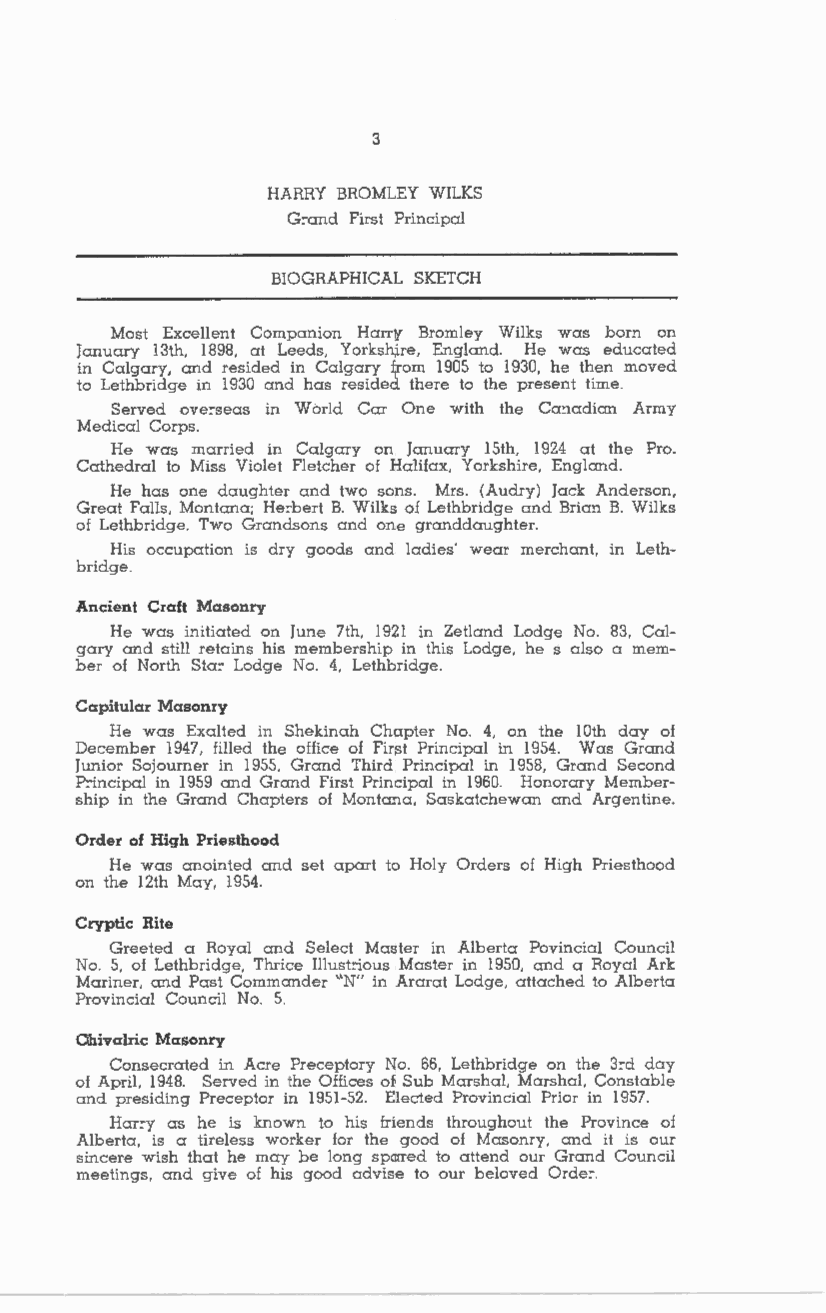
3
 HARRY BROMLEY WILKS
 G:-and First Principal
 BIOGRAPHICAL SKETCH
 Most Excellent Companion Harry Bromley Wilks was bom on
 January 13th, 1898, at Leeds, Yorkshire, England. He was educated
 in Calgary, and resided in Calgary from 1905 to 1930, he then moved
 to Lethbridge in 1930 and has resided there to the present time.
 Served ove:-seas in World Car One with the Ca:iadian Army
 Medical Corps.
 He was married in Calgary on January 15th, 1924 at the Pro.
 Cathedral to Miss Violet Fletcher of Halifax, Yorkshire, England.
 He has one daughter and two sons. Mrs. (Audry) Jack Anderson,
 Great Falls, Montana; He:-bert B. Wilks of Lethbridge and Brian B. Wilks
 of Lethbridge. Two Grandsons and one granddaughter.
 His occupation is dry goods and ladies' wear merchant, in Leth
 bridge.
 Ancient Craft Masonry
 He was initiated on June 7th, 1921 in Zetland Lodge No. 83, Cal
 gary and still retains his membership in this Lodge, he s also a mem
 ber of North Sta:- Lodge No. 4, Lethbridge.
 Capitular Masonry
 He was Exalted in Shekinah Chapter No. 4, on the 10th day of
 December 1947, filled the office of First Principal in 1954. Was Grand
 Junior Sojourner in 1955, Grand Third Principal in 1958, Grand Second
 P:incipal in 1959 and Grand First Principal in 1960. Honorary Member
 ship in the Grand Chapters of Montana, Saskatchewan and Argentine.
 Order of High Priesthood
 He was anointed and set apart to Holy Orders of High Priesthood
 on the 12th May, 1954.
 Cryptic Rite
 Greeted a Royal and Select Master in Alberta Povincial Council
 No. 5, of Lethbridge, Thrice Illusbous Master in 1950, and a Royal Ark
 Mariner, and Past Commander "N" in Ararat Lodge, attached to Alberta
 Provincial Council No. 5.
 Ohivalric Masonry
 Consecrated in Acre Preceptory No. 66, Lethbridge on the 3:-d day
 of April, 1948. Served in the Offices of Sub Marshal, Marshal, Constable
 and presiding Preceptor in 1951-52. Elected Provincial Prior in 1957.
 Har:-y as he is known to his friends throughout the Province of
 Alberta, is a tireless worker for the good of Masonry, and it is our
 sincere wish that he may be long spared to attend our Grand Council
 meetings, and give of his good advise to our beloved Orde,.